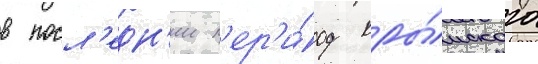
в посл'едн'ии п'ер'и́од кры́мского